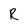
Character: R